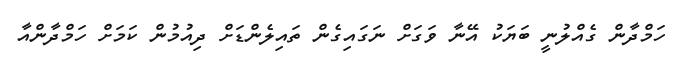
ހަމްދާން ގެއްލުނީ ބަޔަކު އޭނާ ވަގަށް ނަގައިގެން ތައިލެންޑަށް ދިއުމުން ކަމަށް ހަމްދާންއާ